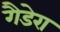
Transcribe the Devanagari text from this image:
गैडेरा